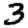
Digit: 3